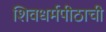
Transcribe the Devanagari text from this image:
शिवधर्मपीठाची